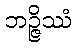
ဘဉ္ဇိဿံ